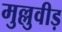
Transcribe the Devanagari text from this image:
मुल्लुवीड़